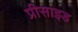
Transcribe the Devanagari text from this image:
प्रीसाइड